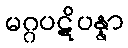
မဂ္ဂပဋိပန္နာ